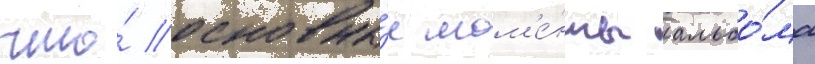
что́ основны́е мом'е́нты альбо́ма